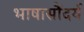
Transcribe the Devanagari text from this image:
भाषासौंदर्य